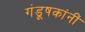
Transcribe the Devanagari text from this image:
गंडूषकांनीं